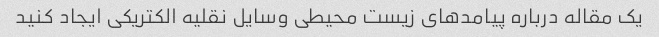
یک مقاله درباره پیامدهای زیست محیطی وسایل نقلیه الکتریکی ایجاد کنید